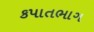
કપાતભાગ